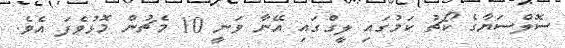
ސޮލްސަޔާގެ ކޯޗު ކަމުގައި ލީގްގައި އޭނާ ވަނީ 10 މެޗުން މޮޅުވެފަ އެވެ.